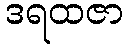
ဒရထဇာ